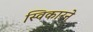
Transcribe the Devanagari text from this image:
स्विकारने